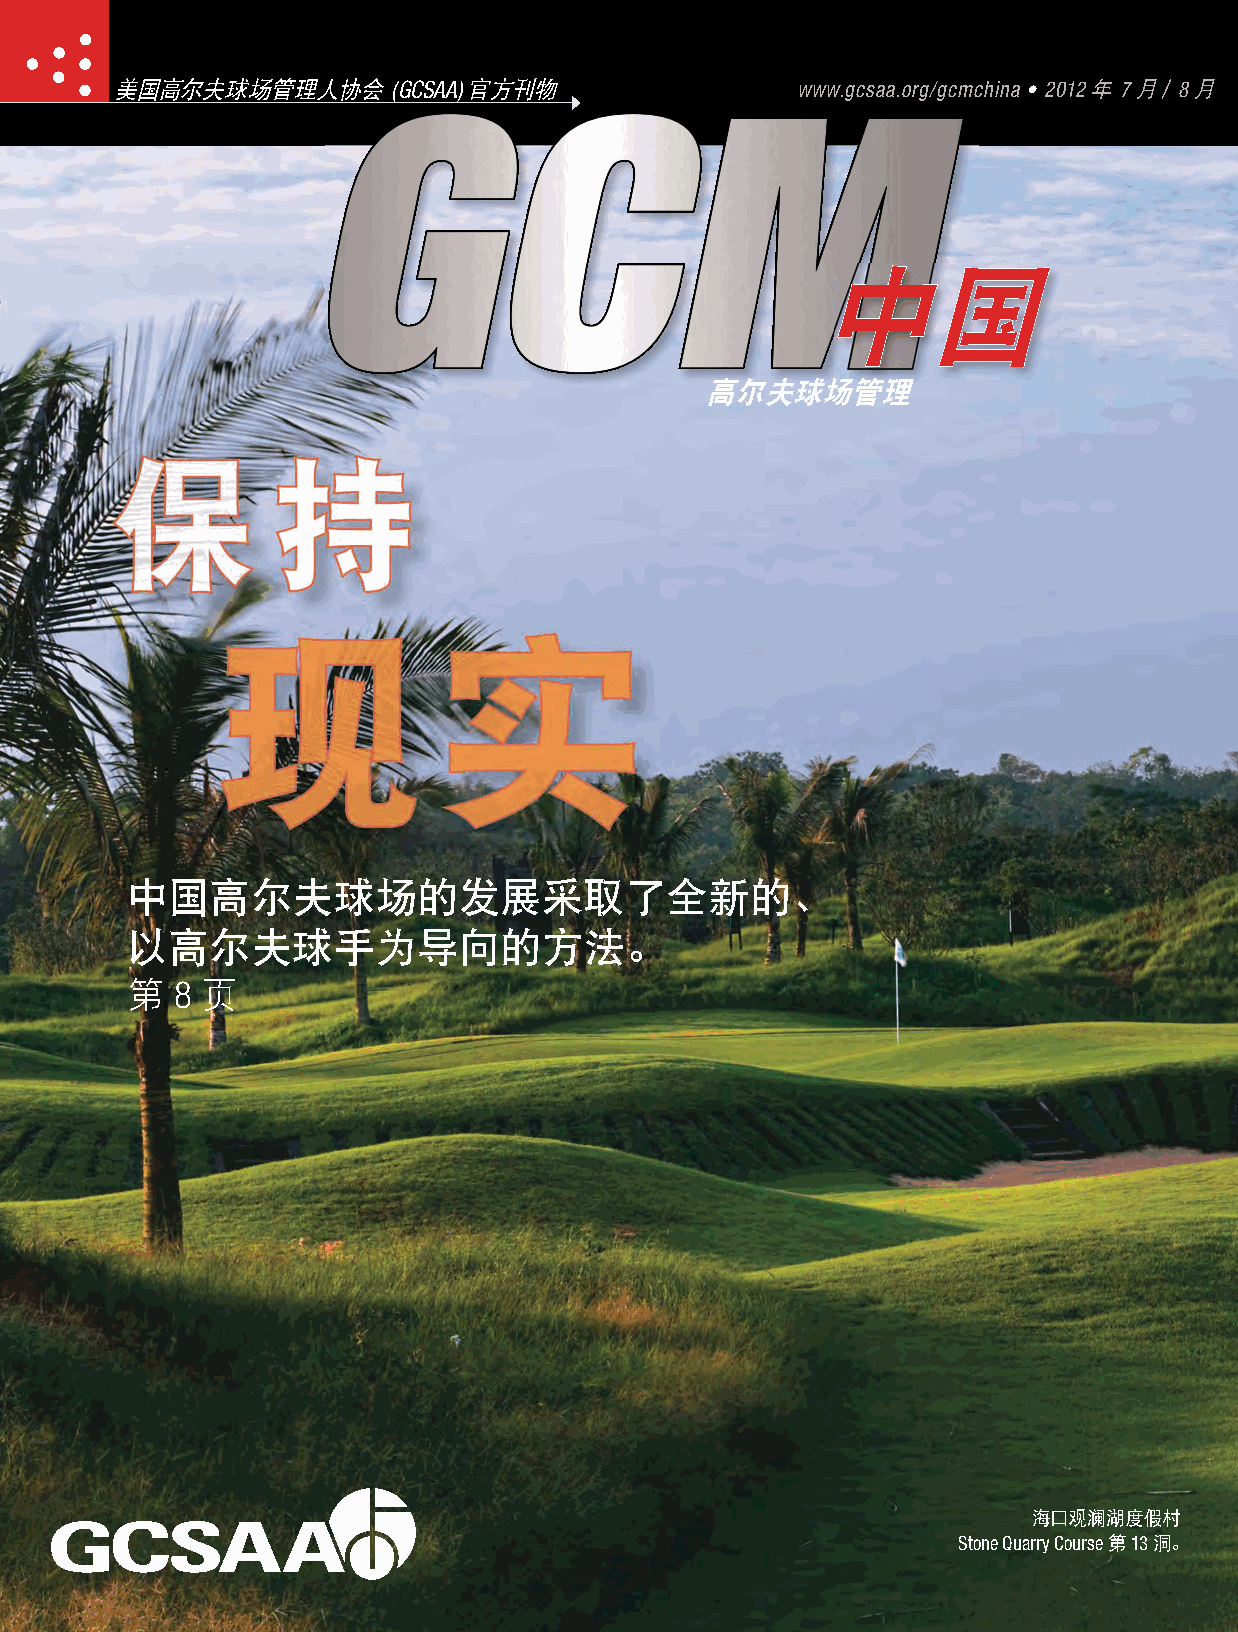
美国高尔夫球场管理人协会      (GCSAA) 官方刊物               www.gcsaa.org/gcmchina • 2012 年 7 月／8 月
 中国
 高尔夫球场管理
 中国高尔夫球场的发展采取了全新的、
 以高尔夫球手为导向的方法。
 第    页
 8
 海口观澜湖度假村
 Stone Quarry Course 第 13 洞。